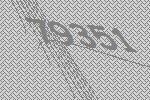
79351